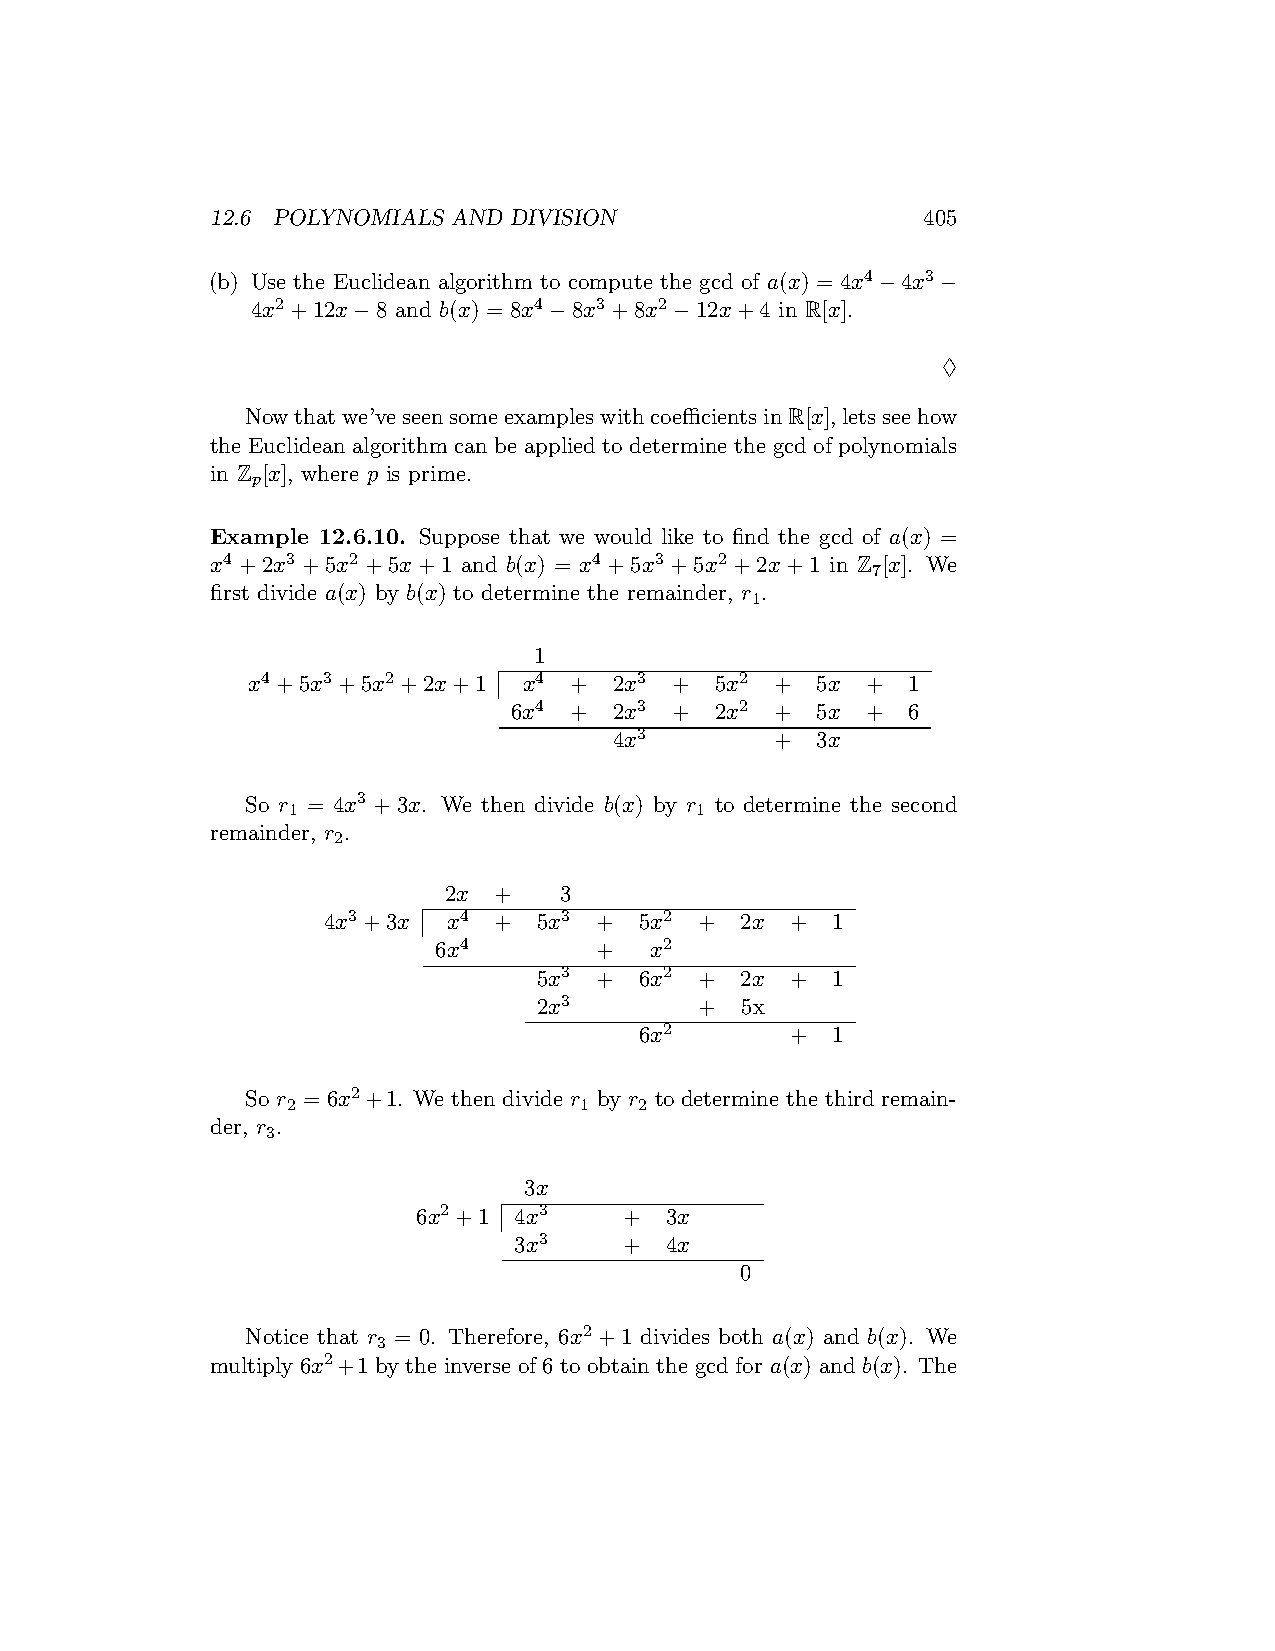
12.6 POLYNOMIALS AND DIVISION                  405
 (b) Use the Euclidean algorithm to compute the gcd of a(x) = 4x4−4x3−
 4x2+12x−8 and b(x) = 8x4−8x3+8x2−12x+4 in R[x].
 ♢
 Nowthatwe’veseensomeexampleswithcoefficientsinR[x],letsseehow
 the Euclidean algorithm can be applied to determine the gcd of polynomials
 in Z [x], where p is prime.
 p
 Example 12.6.10. Suppose that we would like to find the gcd of a(x) =
 x4 +2x3 +5x2 +5x+1 and b(x) = x4 +5x3 +5x2 +2x+1 in Z [x]. We
 7
 first divide a(x) by b(x) to determine the remainder, r .
 1
 1
 x4+5x3+5x2+2x+1    x4 +  2x3 + 5x2 +  5x +  1
 6x4 +  2x3 + 2x2 +  5x +  6
 4x3       +  3x
 So r = 4x3 +3x. We then divide b(x) by r to determine the second
 1                          1
 remainder, r .
 2
 2x  +   3
 4x3+3x   x4 +  5x3 + 5x2 +  2x +  1
 6x4       +   x2
 5x3 + 6x2 +  2x +  1
 2x3       +  5x
 6x2       +  1
 So r = 6x2+1. We then divide r by r to determine the third remain-
 2                  1   2
 der, r .
 3
 3x
 6x2+1 4x3    +  3x
 3x3    +  4x
 0
 Notice that r = 0. Therefore, 6x2 +1 divides both a(x) and b(x). We
 3
 multiply 6x2+1 by the inverse of 6 to obtain the gcd for a(x) and b(x). The